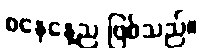
စနေနေ့ည ဖြစ်သည်။